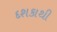
દશકાથી